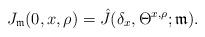
LaTeX: \begin{align*}J_{\mathfrak{m}}(0,x,\rho) = \hat{J}(\delta_{x},\Theta^{x,\rho};\mathfrak{m}).\end{align*}